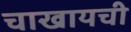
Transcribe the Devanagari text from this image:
चाखायची